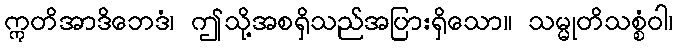
ဣတိအာဒိဘေဒံ၊ ဤသို့အစရှိသည်အပြားရှိသော။ သမ္မုတိသစ္စံဝါ၊